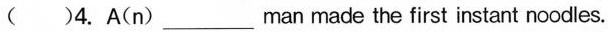
( )4. A(n)___man made the first instant noodles.